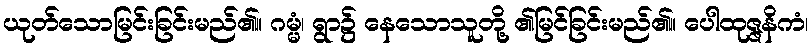
ယုတ်သောမြင်းခြင်းမည်၏။ ဂမ္မံ၊ ရွာ၌ နေသောသူတို့ ၏မြင်ခြင်းမည်၏။ ပေါထုဇ္ဇနိကံ၊